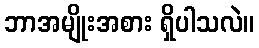
ဘာအမျိုးအစား ရှိပါသလဲ။